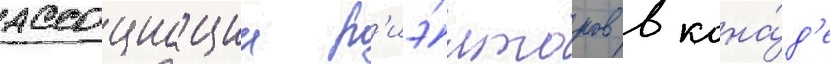
ассоциации р'иэ́лторов в кана́д'е